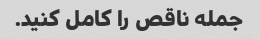
جمله ناقص را کامل کنید.